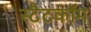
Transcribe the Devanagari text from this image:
स्टैटकॉम